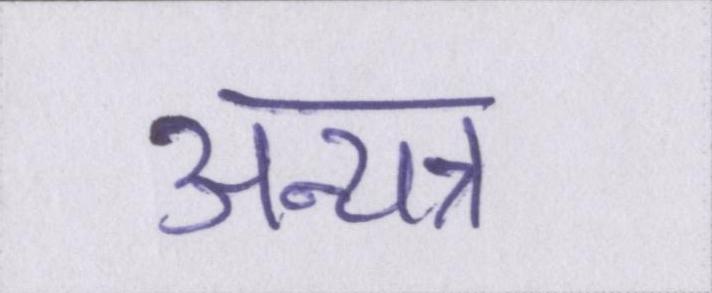
अन्यत्र